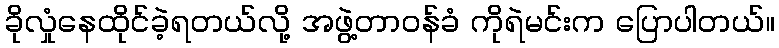
ခိုလှုံနေထိုင်ခဲ့ရတယ်လို့ အဖွဲ့တာဝန်ခံ ကိုရဲမင်းက ပြောပါတယ်။